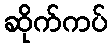
ဆိုက်ကပ်